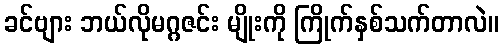
ခင်ဗျား ဘယ်လိုမဂ္ဂဇင်း မျိုးကို ကြိုက်နှစ်သက်တာလဲ။